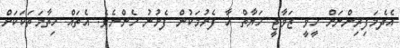
އެދެމަފިރިންނަށް ހީވީ ޒަވާޖީ ޚަޔާތް އާ ފެށުމަކުން ފެށުނު ހެންނެވެ. އެތައް ހިތާމަތަކަކަށް